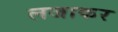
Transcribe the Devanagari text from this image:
लजाकर